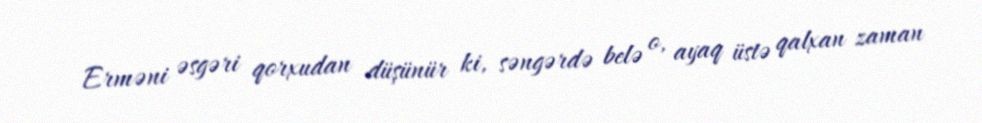
Erməni əsgəri qorxudan düşünür ki, səngərdə belə o, ayaq üstə qalxan zaman